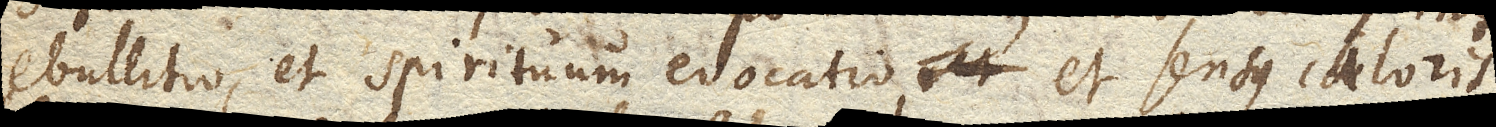
ebullitio, et spirituum evocatio, et sensus caloris